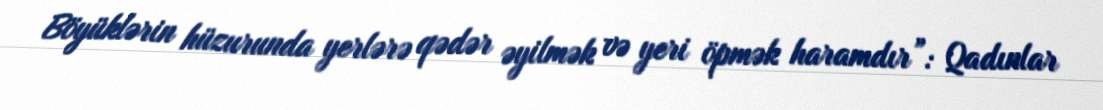
Böyüklərin hüzurunda yerlərə qədər əyilmək və yeri öpmək haramdır”: Qadınlar